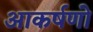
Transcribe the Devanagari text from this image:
आकर्षणो